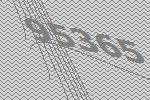
95365